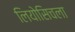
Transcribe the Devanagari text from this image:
लियोसिचला